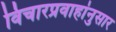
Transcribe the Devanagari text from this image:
विचारप्रवाहांनुसार